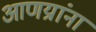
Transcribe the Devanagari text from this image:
आणय्रांना